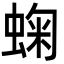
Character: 䗇